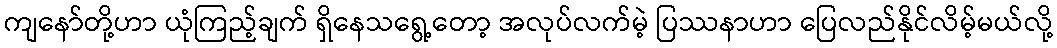
ကျနော်တို့ဟာ ယုံကြည့်ချက် ရှိနေသရွေ့တော့ အလုပ်လက်မဲ့ ပြဿနာဟာ ပြေလည်နိုင်လိမ့်မယ်လို့